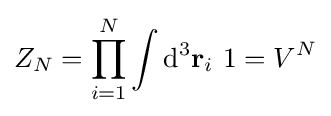
Z_{N}=\prod _{i=1}^{N}\int \mathrm {d} ^{3}\mathbf {r} _{i}\ 1=V^{N}